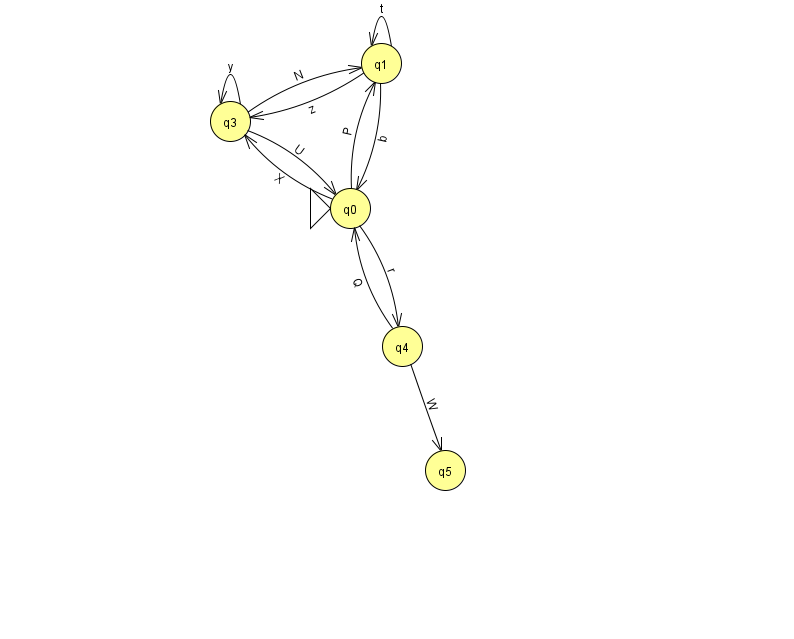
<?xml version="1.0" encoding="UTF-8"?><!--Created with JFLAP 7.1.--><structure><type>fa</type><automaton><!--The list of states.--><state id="0" name="q0"><x>350.0</x><y>195.0</y><initial/></state><state id="1" name="q1"><x>381.0</x><y>50.0</y></state><state id="3" name="q3"><x>230.0</x><y>108.0</y></state><state id="4" name="q4"><x>402.0</x><y>333.0</y></state><state id="5" name="q5"><x>445.0</x><y>457.0</y></state><!--The list of transitions.--><transition><from>0</from><to>3</to><read>X</read></transition><transition><from>0</from><to>4</to><read>r</read></transition><transition><from>1</from><to>1</to><read>t</read></transition><transition><from>4</from><to>0</to><read>Q</read></transition><transition><from>3</from><to>3</to><read>y</read></transition><transition><from>3</from><to>1</to><read>N</read></transition><transition><from>4</from><to>5</to><read>W</read></transition><transition><from>1</from><to>0</to><read>b</read></transition><transition><from>0</from><to>1</to><read>P</read></transition><transition><from>1</from><to>3</to><read>z</read></transition><transition><from>3</from><to>0</to><read>U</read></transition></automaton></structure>